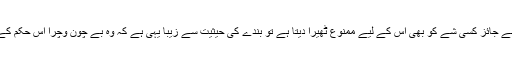
وہ اگر قانون فطرت کی رو سے جائز کسی شے کو بھی اُس کے لیے ممنوع ٹھیرا دیتا ہے تو بندے کی حیثیت سے زیبا یہی ہے کہ وہ بے چون وچرا اِس حکم کے سامنے سرتسلیم خم کر دے۔